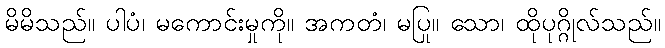
မိမိသည်။ ပါပံ၊ မကောင်းမှုကို။ အကတံ၊ မပြု။ သော၊ ထိုပုဂ္ဂိုလ်သည်။